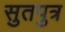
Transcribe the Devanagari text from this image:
सुतपुत्र